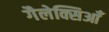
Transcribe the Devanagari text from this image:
गैलेक्सिआँ